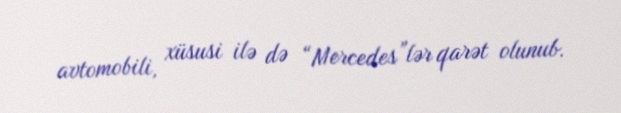
avtomobili, xüsusi ilə də “Mercedes”lər qarət olunub.